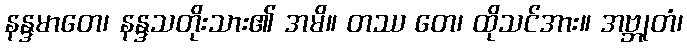
နန္ဒမာတေ၊ နန္ဒသတိုးသား၏ အမိ။ တဿ တေ၊ ထိုသင်အား။ အဗ္ဘုတံ၊